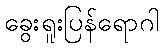
ခွေးရူးပြန်ရောဂါ